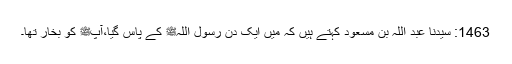
1463: سیدنا عبد اللہ بن مسعودؓ کہتے ہیں کہ میں ایک دن رسول اللہﷺ کے پاس گیا،آپﷺ کو بخار تھا۔